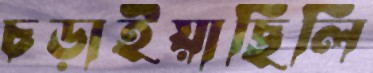
চড়াইয়াছিলি